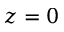
z = 0